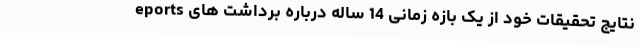
eports نتایج تحقیقات خود از یک بازه زمانی 14 ساله درباره برداشت های